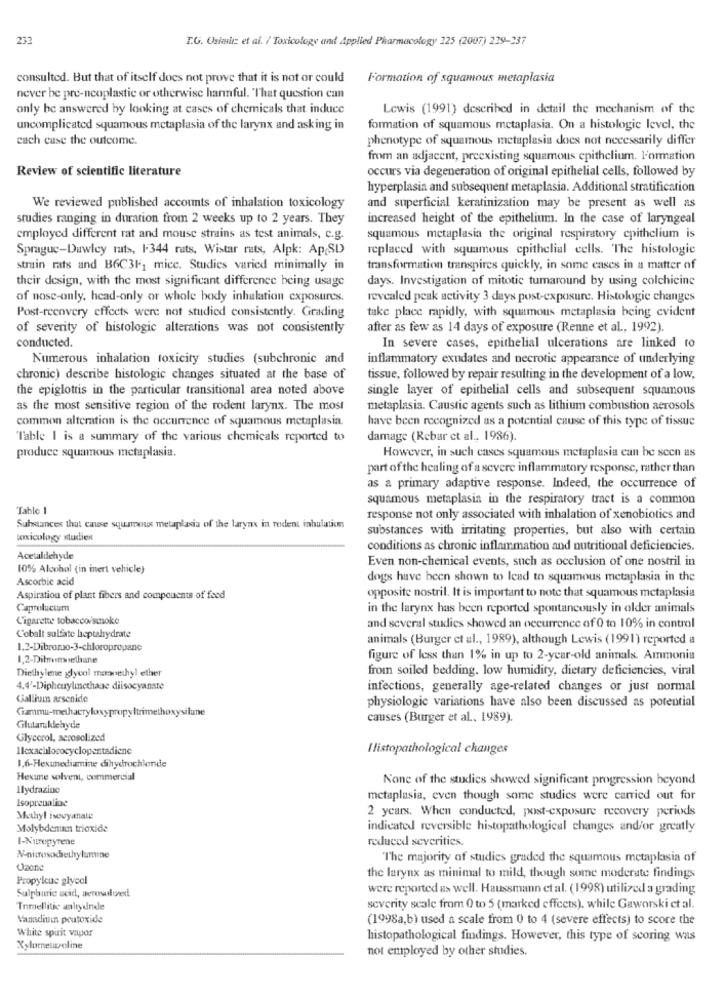
232
I.G. Osielt et al. / Toxicology and Applied Pharmacology 225 (2007) 239-337
consulted. But that of itself does not prove that it is not or could
Formation of squamous metaplasia
never be pre-neoplastic or otherwise harmful. That question can
only be answered by looking at cases of chemicals that induce
Lewis (1991) described in detail the mechanism of the
uncomplicated squamous metaplasia of the larynx and asking in
formation of squamous metaplasia. On a histologie level, the
cach case the outcome.
phenotype of squamous metaplasia does not necessarily differ
from an adjacent, preexisting squamous epithelium. Formation
Review of scientific literature
occurs via degeneration of original epithelial cells, followed by
hyperplasia and subsequent metaplasia. Additional stratification
We reviewed published accounts of inhalation toxicology
and superficial keratinization may be present as well as
studies ranging in duration from 2 weeks up to 2 years. They
increased height of the epithelium. In the case of laryngeal
employed different rat and mouse strains as test animals, c.g.
squamous metaplasia the original respiratory epithelium is
Sprague-Duwley rats, 1-344 rats. Wistar rats, Alpk: Ap(SD)
replaced with squamous epithelial cells. The histologie
strain rats and B6C3F1 mice. Studies varied minimally in
transformation transpires quickly, in some cases in a matter of
their design, with the most significant difference being usage
days. Investigation of mitotic tumaround by using colchicine
of nose-only, head-only or whole body inhalation exposures.
revealed peak activity 3 days post-exposure. Histologie changes
Post-recovery effects were not studied consistently. Grading
take place rapidly, with squamous metaplasia being evident
of severity of histologic alterations was not consistently
after as few as 14 days of exposure (Renne et al ., 1992).
conducted.
In severe cases, epithelial ulcerations are linked to
Numerous inhalation toxicity studies (subchronic and
inflammatory exudates and necrotic appearance of underlying
chronic) describe histologic changes situated at the base of
tissue, followed by repair resulting in the development of a low,
the epiglottis in the particular transitional area noted above
single layer of epithelial cells and subsequent squamous
as the most sensitive region of the rodent larynx. The most
metaplasia. Caustic agents such as lithium combustion aerosols
common alteration is the occurrence of squamous metaplasia.
have been recognized as a potential cause of this type of tissue
Table I is a summary of the various chemicals reported to
damage (Rebar et al ., 1986).
produce squamous metaplasia.
However, in such cases squamous metaplasia can be seen as
part of the healing of a severe inflammatory response, rather than
as a primary adaptive response. Indeed, the occurrence of
squamous metaplasia in the respiratory tract is a common
Tablo 1
response not only associated with inhalation of xenobiotics and
Substances that cause squamous metaplasia of the larynx in rodent inhulation
substances with irritating properties, but also with certain
unxicology studien
conditions as chronic inflammation and nutritional deficiencies.
Acetaldehyde
Even non-chemical events, such as occlusion of one nostril in
10% Alcohol (in inert vehicle)
Ascorbic acid
dogs have been shown to lead to squamous metaplasia in the
Aspiration of plant fibers and components of feed
opposite nostril. It is important to note that squamous metaplasia
Caproluctum
in the larynx has been reported spontaneously in older animals
Cigarette tobacco/smoke
and several studies showed an occurrence of 0 to 10% in control
Cobalt sulfate heptahydrate
animals (Burger et al ., 1989), although Lewis (1991) reported a
1.2-Dibromo-3-chloropropane
1,2-Dilemnethane
figure of less than 1% in up to 2-year-old animals. Ammonia
Diethylene glycol mannethyl ether
from soiled bedding. low humidity, dietary deficiencies, viral
4.4'-Diphenrylinethane diisocyanate
infections, generally age-related changes or just normal
Gallium arsenide
Gamma-methacryloxypropyltrimethoxysilune
physiologie variations have also been discussed as potential
causes (Burger et al ., 1989).
Glutaraklehyde
Glycerol, aerosolized
Ilexachlococyclopentadiene
I listopathological changes
1,6-Hexunediamine dihydrochlende
Hexame solvent, commercial
None of the studies showed significant progression beyond
Ilydrazine
Isoprenaline
metaplasia, even though some studies were carried out for
2 years. When conducted, post-exposure recovery periods
Methyl isevyanate
Molybdenum trioxide
indicated reversible histopathological changes and/or greatly
1-Nutrepyrene
reduced severities.
"The majority of studies graded the squamous metaplasia of
Ozone
Propylcuc glycol
the larynx as minimal to mild, though some moderate findings
were reported as well. Haussmann et al. (1998) utilized a grading
Sulphuric acid, aerosolund
Inmellitic saltydnde
severity scale from 0 to 5 (marked effects). while Gaworski et al.
Vanadiumn peutoxide
(1998a,b) used a scale from 0 to 4 (severe effects) to score the
White spirit vapor
histopathological findings. However, this type of scoring was
Xylometroline
not employed by other studies.